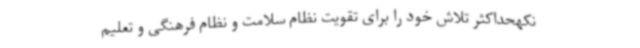
نکهحداکثر تلاش خود را برای تقویت نظام سلامت و نظام فرهنگی و تعلیم